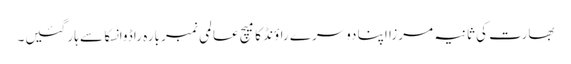
بھارت کی ثانیہ مرزا اپنا دوسرے راؤنڈ کا میچ عالمی نمبر بارہ راڈوانسکا سے ہار گئیں۔